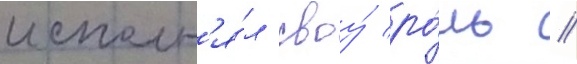
исполн'я́л своу́ ро́ль //